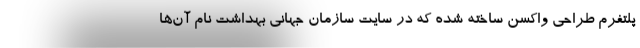
پلتفرم طراحی واکسن ساخته شده که در سایت سازمان جهانی بهداشت نام آن‌ها